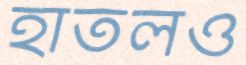
হাতলও